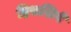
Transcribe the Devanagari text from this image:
हिसशिगे